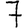
Digit: 7